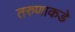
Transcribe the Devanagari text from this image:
तरुणाकडे